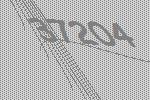
37204